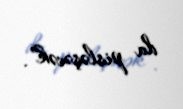
da pisləşəcək”.